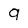
Character: 9